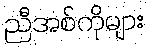
ညီအစ်ကိုများ